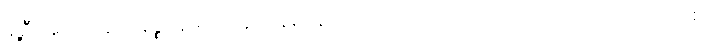
ချဲ့ဦးအံ့။ အာနာပါနဇ္ဈာနမ္ပိ၊ အာနာပါနဈာန်ကိုလည်းကောင်း။ ကာယဂတာ သတိ ဘာဝနာ စ၊